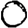
Digit: 0